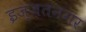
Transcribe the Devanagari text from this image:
इज्ज़तनगर